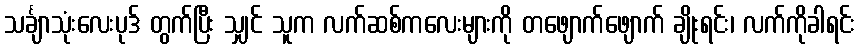
သင်္ချာသုံးလေးပုဒ် တွက်ပြီး သျှင် သူက လက်ဆစ်ကလေးများကို တဖျောက်ဖျောက် ချိုးရင်း၊ လက်ကိုခါရင်း